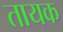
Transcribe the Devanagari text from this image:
तायक